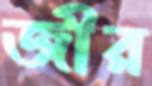
জীর